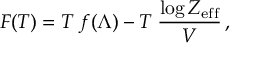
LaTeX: F ( T ) = T \; f ( \Lambda ) - T \; { \frac { \log { \cal Z } _ { \mathrm { e f f } } } { V } } \, ,